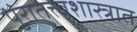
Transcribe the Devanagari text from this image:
पुरातत्त्वशास्त्रात